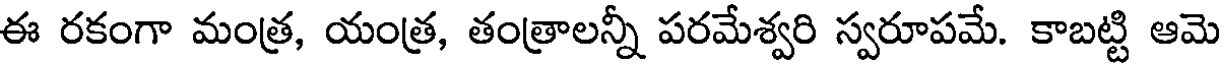
ఈ రకంగా మంత్ర, యంత్ర, తంత్రాలన్నీ పరమేశ్వరి స్వరూపమే. కాబట్టి ఆమె